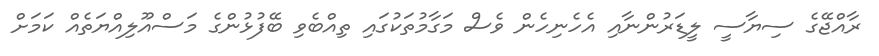
ރާއްޖޭގެ ސިޔާސީ ލީޑަރުންނާއި އެހެނިހެން ވެސް މަގާމުތަކުގައި ތިއްބެވި ބޭފުޅުންގެ މަސްއޫލިއްޔަތެއް ކަމަށް